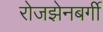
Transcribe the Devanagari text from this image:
रोजझेनबर्गी